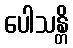
ပေါသန္တိ